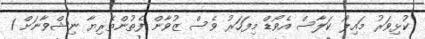
ކުޅިވަރު މައިލޯ ކަލާސް އެވޯޑް މިފަހަރު ވެސް ޒުވާން ފެތުންތެރިޔާ ނިޝްވާނަށް 1